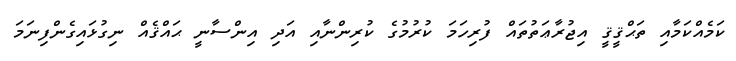
ކަމެއްކަމާއި ތަޙްޤީޤީ އިޖުރާޢަތުތައް ފުރިހަމަ ކުރުމުގެ ކުރިންނާއި އަދި އިންސާނީ ޙައްޤެއް ނިގުޅައިގެންފިނަމަ